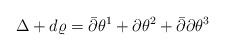
LaTeX: \begin{align*}\Delta+ d \varrho=\bar{\partial}\theta^1+\partial \theta^2+\bar{\partial}\partial\theta^3\end{align*}